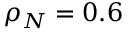
\rho _ { N } = 0 . 6